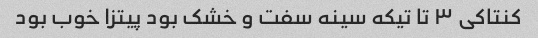
کنتاکی ٣ تا تیکه سینه سفت و خشک بود پیتزا خوب بود